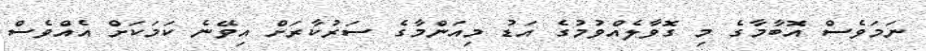
ނަމަވެސް އޮބާމާގެ މި ގޮވާލެއްވުމުގެ އަޑު މިއަންމާގެ ސަރުކާރަށް އިވޭނެ ކަމަކަށް އެއްވެސް